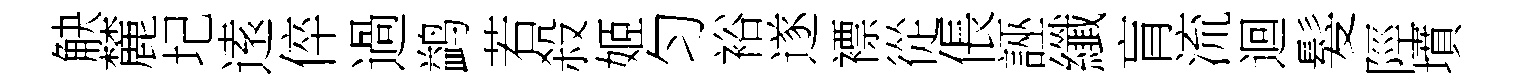
觖麓圮逺倅過鹢若殺姬匀裕遂褾從倀誣纖肓流迴髮陘墳